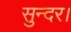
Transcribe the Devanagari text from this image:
सुन्दर।